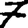
Digit: 7